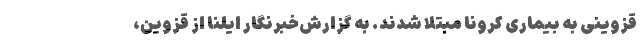
قزوینی به بیماری کرونا مبتلا شدند. به گزارش‌خبرنگار ایلنا از قزوین،